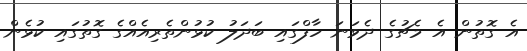
އެ ގޮތުން އެ މެޗުގެ ދެވަނަ ހާފްގައި ބަދަލު ކުޅުންތެރިއެއްގެ ގޮތުގައި ކުޅެން